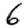
Digit: 6